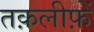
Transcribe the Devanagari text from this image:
तक़लीफ़ें